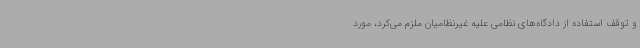
و توقف استفاده از دادگاه‌های نظامی علیه غیرنظامیان ملزم می‌کرد، مورد